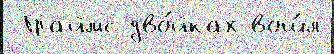
 Граймс дво́йках вош́л